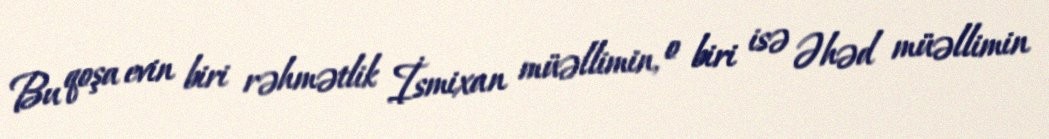
Bu qoşa evin biri rəhmətlik İsmixan müəllimin, o biri isə Əhəd müəllimin